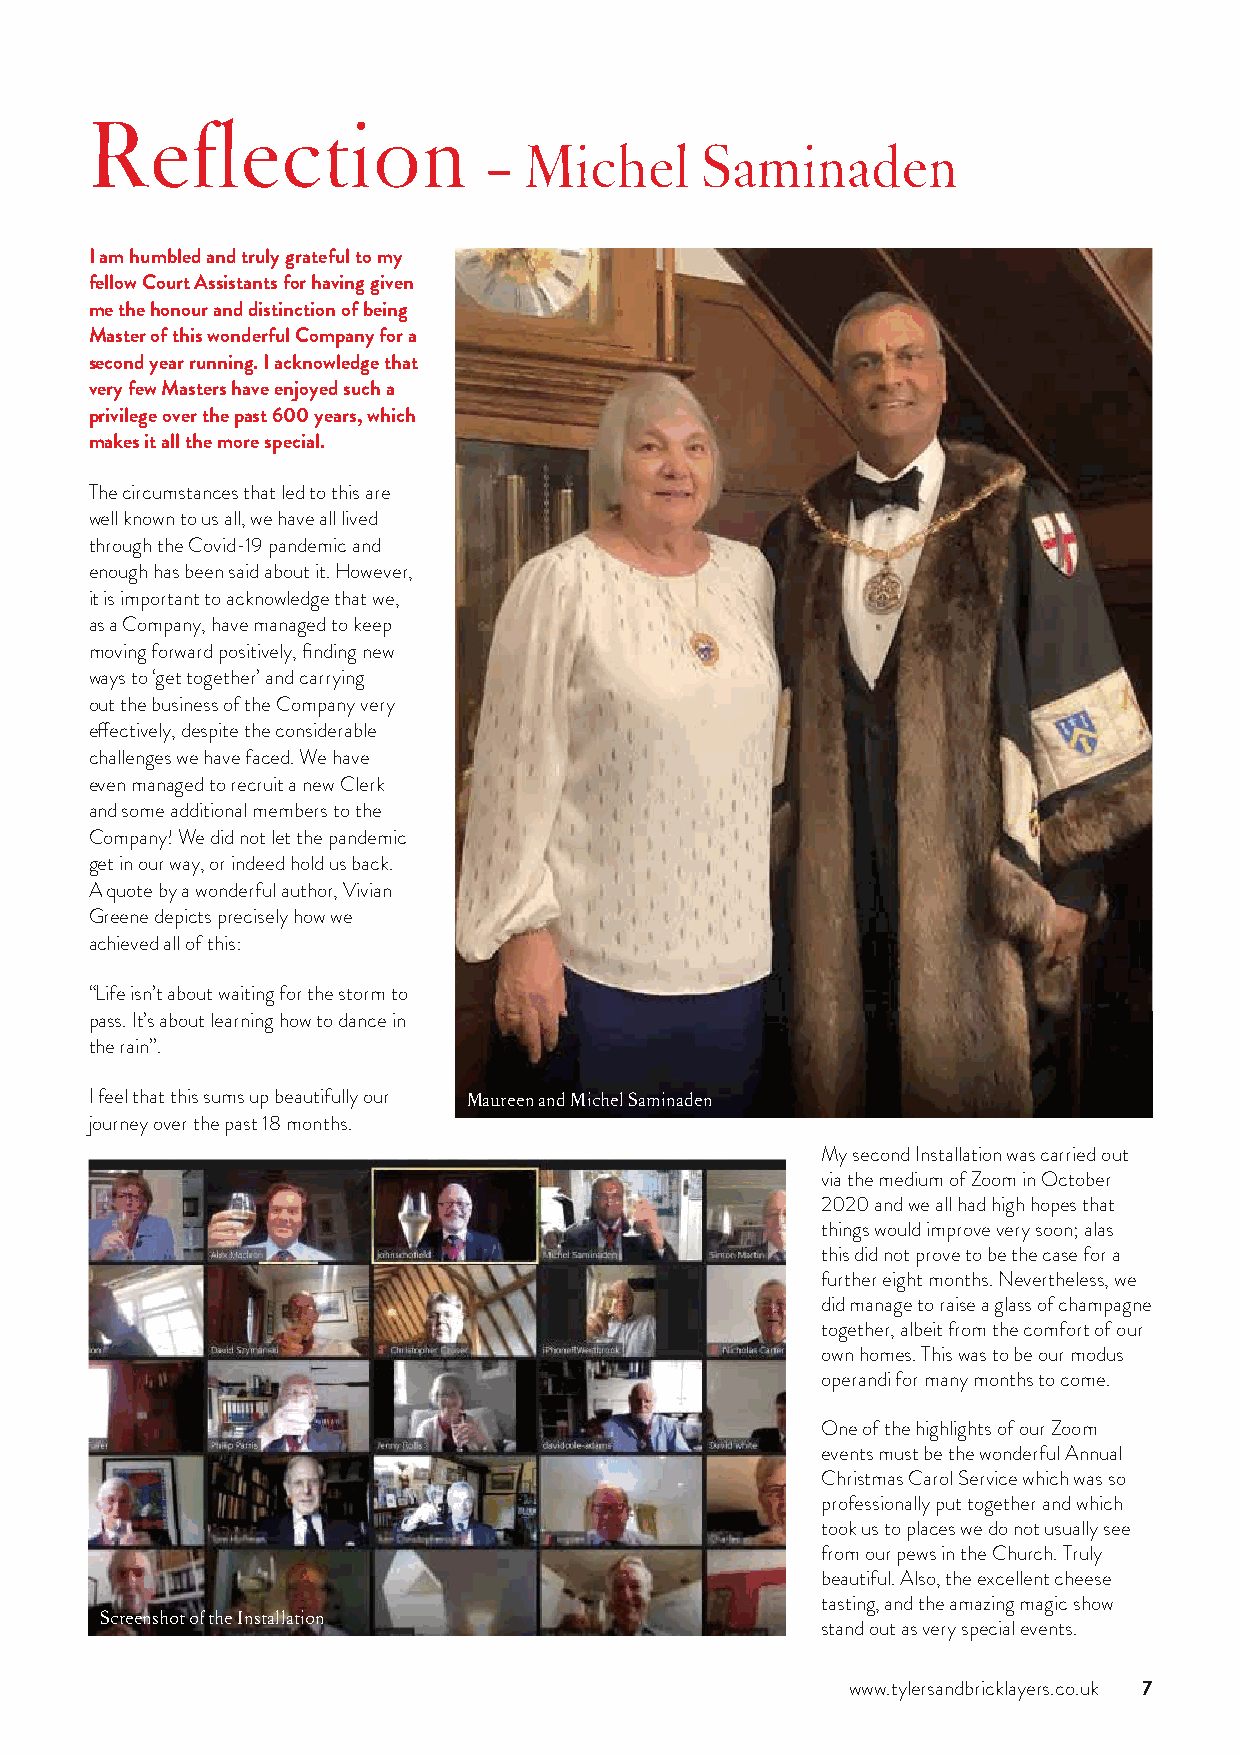
Reflection
 –  Michel     Saminaden
 I am humbled and truly grateful to my
 fellow Court Assistants for having given
 me the honour and distinction of being
 Master of this wonderful Company for a
 second year running. I acknowledge that
 very few Masters have enjoyed such a
 privilege over the past 600 years, which
 makes it all the more special.
 The circumstances that led to this are
 well known to us all, we have all lived
 through the Covid-19 pandemic and
 enough has been said about it. However,
 it is important to acknowledge that we,
 as a Company, have managed to keep
 moving forward positively, finding new
 ways to ‘get together’ and carrying
 out the business of the Company very
 effectively, despite the considerable
 challenges we have faced. We have
 even managed to recruit a new Clerk
 and some additional members to the
 Company! We did not let the pandemic
 get in our way, or indeed hold us back.
 A quote by a wonderful author, Vivian
 Greene depicts precisely how we
 achieved all of this:
 “Life isn’t about waiting for the storm to
 pass. It’s about learning how to dance in
 the rain”.
 I feel that this sums up beautifully our Maureen and Michel Saminaden
 journey over the past 18 months.
 My second Installation was carried out
 via the medium of Zoom in October
 2020 and we all had high hopes that
 things would improve very soon; alas
 this did not prove to be the case for a
 further eight months. Nevertheless, we
 did manage to raise a glass of champagne
 together, albeit from the comfort of our
 own homes. This was to be our modus
 operandi for many months to come.
 One of the highlights of our Zoom
 events must be the wonderful Annual
 Christmas Carol Service which was so
 professionally put together and which
 took us to places we do not usually see
 from our pews in the Church. Truly
 beautiful. Also, the excellent cheese
 tasting, and the amazing magic show
 Screenshot of the Installation
 stand out as very special events.
 www.tylersandbricklayers.co.uk 7